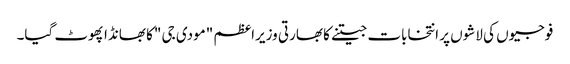
فوجیوں کی لاشوں پر انتخابات جیتنے کا بھارتی وزیراعظم "مودی جی "کا بھانڈا پھوٹ گیا۔